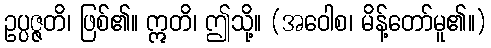
ဥပ္ပဇ္ဇတိ၊ ဖြစ်၏။ ဣတိ၊ ဤသို့။ (အဝေါစ၊ မိန့်တော်မူ၏။)